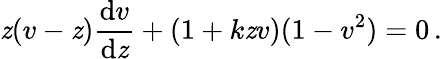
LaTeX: \mathit{z}(v-\mathit{z}){\frac{{\mathrm{{d}}v}}{{\mathrm{{d}}\mathit{z}}}}+(1+k\mathit{z}v)(1-v^{2})=0\, .